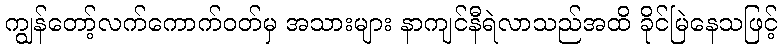
ကျွန်တော့်လက်ကောက်ဝတ်မှ အသားများ နာကျင်နီရဲလာသည်အထိ ခိုင်မြဲနေသဖြင့်